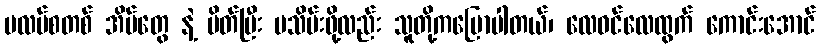
ပလပ်စတစ် အိပ်တွေ နဲ့ ပိတ်ပြီး မသိမ်းဖို့လည်း သူတို့ကပြောပါတယ်၊ လေဝင်လေထွက် ကောင်းအောင်